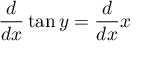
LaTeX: { \frac { d } { d x } } \tan y = { \frac { d } { d x } } x